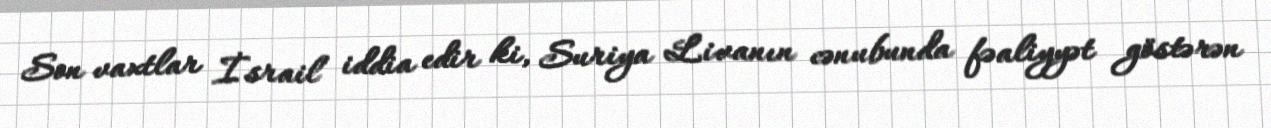
Son vaxtlar İsrail iddia edir ki, Suriya Livanın cənubunda fəaliyyət göstərən